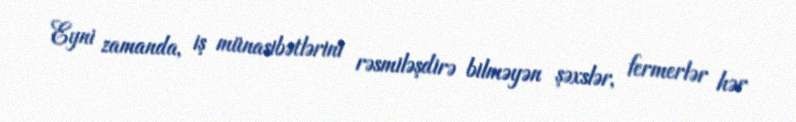
Eyni zamanda, iş münasibətlərini rəsmiləşdirə bilməyən şəxslər, fermerlər hər